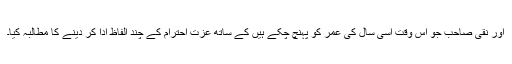
اور نقی صاحب جو اس وقت اسی سال کی عمر کو پہنچ چکے ہیں کے ساتھ عزت احترام کے چند الفاظ ادا کر دینے کا مطالبہ کیا۔